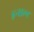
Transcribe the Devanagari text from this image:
इन्सल्ट